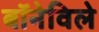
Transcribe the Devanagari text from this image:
बॉनेविले